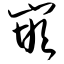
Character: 嵌